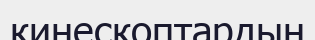
кинескоптардың